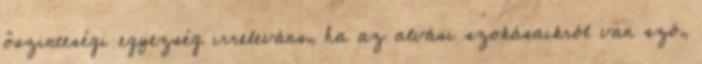
őszinteségi egyezség irreleváns, ha az alvási szokásaikról van szó,